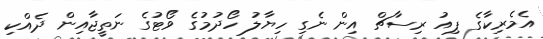
އެމެރިކާގެ ޕިއު ރިސާޗް އިން ނެގި ހިޔާލު ހޯދުމުގެ ވޯޓުގެ ނަތީޖާއިން ދެއްކި